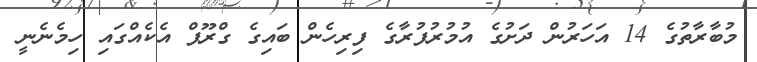
މުބާރާތުގެ 14 އަހަރުން ދަށުގެ އުމުރުފުރާގެ ފިރިހެން ބައިގެ ގްރޫޕް އެކެއްގައި ހިމެނެނީ